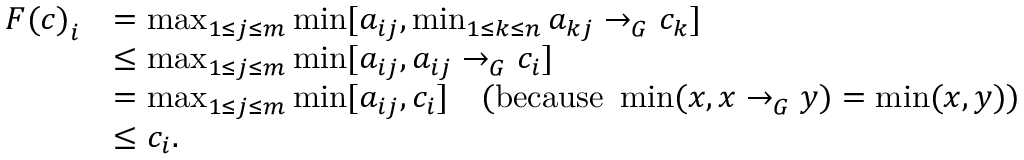
\begin{array} { r l } { { F ( c ) } _ { i } } & { = \operatorname* { m a x } _ { 1 \leq j \leq m } \operatorname* { m i n } [ a _ { i j } , \operatorname* { m i n } _ { 1 \leq k \leq n } a _ { k j } \rightarrow _ { G } c _ { k } ] } \\ & { \leq \operatorname* { m a x } _ { 1 \leq j \leq m } \operatorname* { m i n } [ a _ { i j } , a _ { i j } \rightarrow _ { G } c _ { i } ] } \\ & { = \operatorname* { m a x } _ { 1 \leq j \leq m } \operatorname* { m i n } [ a _ { i j } , c _ { i } ] \quad ( \mathrm { b e c a u s e ~ } \operatorname* { m i n } ( x , x \rightarrow _ { G } y ) = \operatorname* { m i n } ( x , y ) ) } \\ & { \leq c _ { i } . } \end{array}